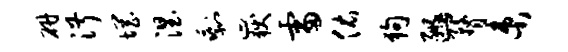
研淑惘涅剩岳雷佑狗豳瞀束